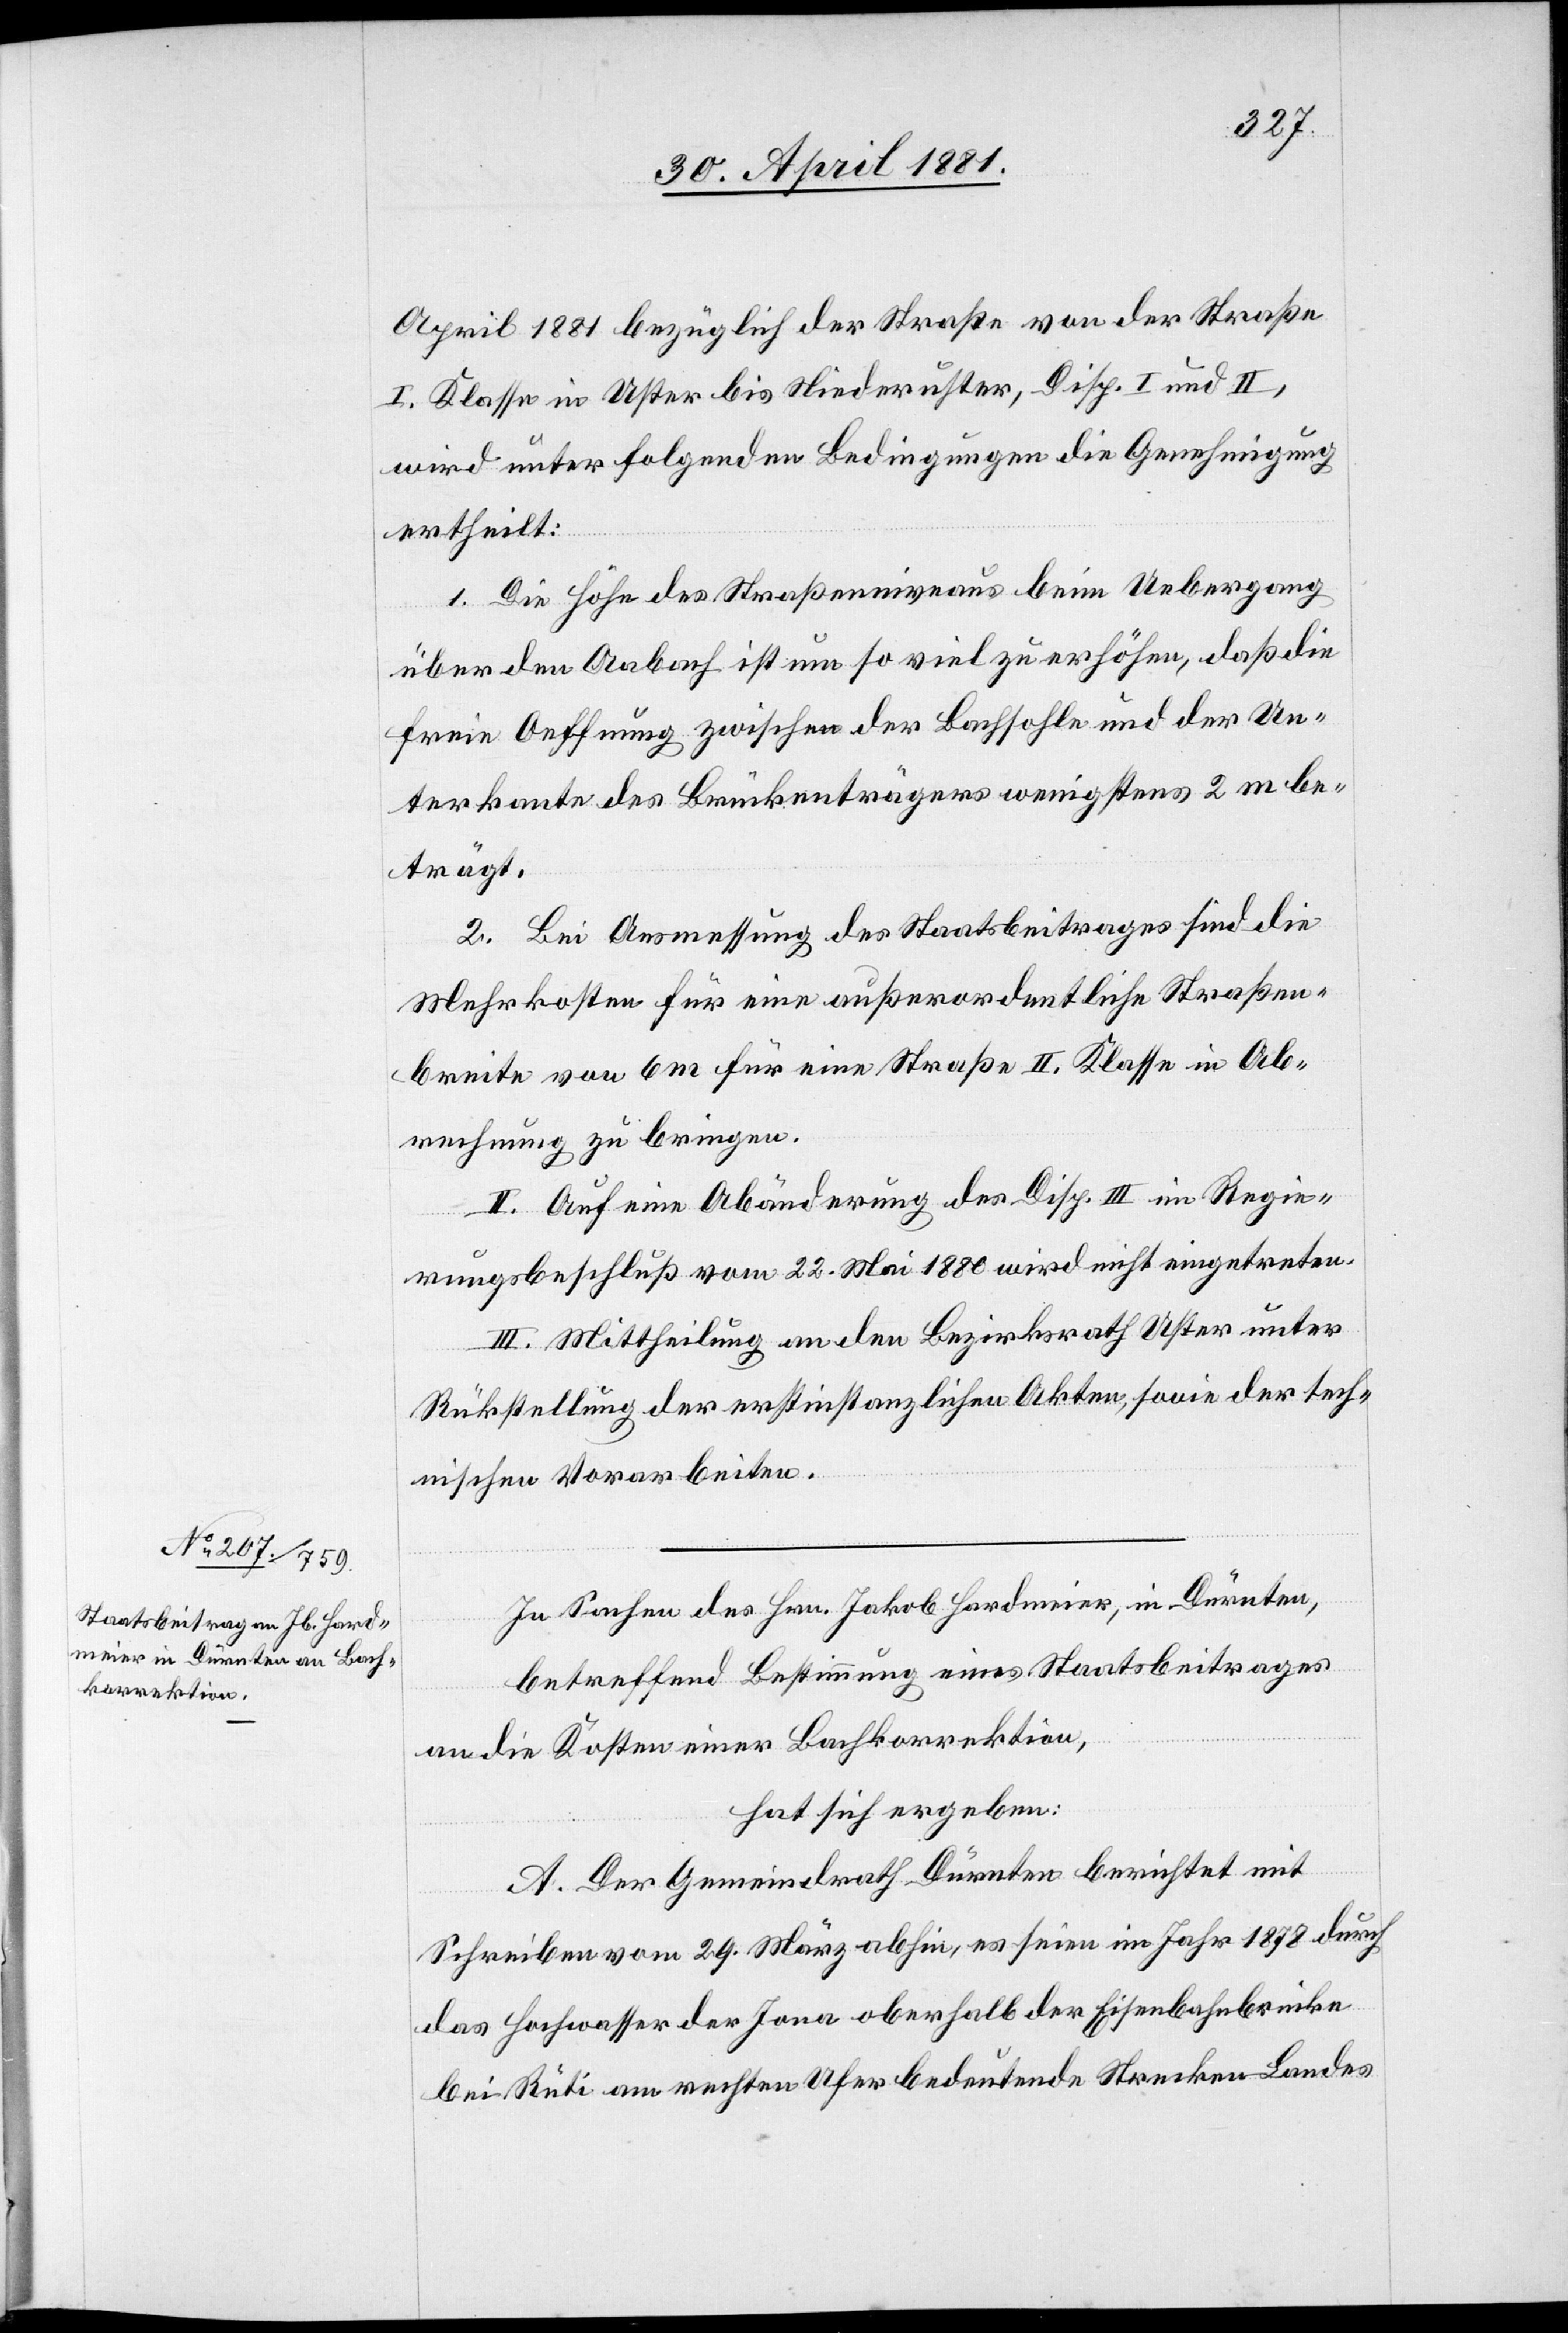
April 1881 bezüglich der Straße von der Straße
I. Klasse in Uster bis Niederuster, Disp. I und II,
wird unter folgenden Bedingungen die Genehmigung
ertheilt:
1. Die Höhe des Straßenniveaus beim Uebergang
über den Aabach ist um so viel zu erhöhen, daß die
freie Oeffnung zwischen der Bachsohle und der Un¬
terkante des Brückenträgers wenigstens 2 m be¬
trägt.
2. Bei Ausmessung des Staatsbeitrages sind die
Mehrkosten für eine außerordentliche Straßen¬
breite von 6 m für eine Straße II. Klasse in Ab¬
rechnung zu bringen.
II. Auf eine Abänderung der Disp. III im Regie¬
rungsbeschluß vom 22. Mai 1880 wird nicht eingetreten.
III. Mittheilung an den Bezirksrath Uster unter
Rückstellung der erstinstanzlichen Akten, sowie der tech¬
nischen Vorarbeiten.
In Sachen des Hrn. Jakob Hardmeier, in Dürnten,
betreffend Bestimmung eines Staatsbeitrages
an die Kosten einer Bachkorrektion,
hat sich ergeben:
A. Der Gemeindrath Dürnten berichtet mit
Schreiben vom 29. März abhin, es seien im Jahr 1878 durch
das Hochwasser der Jona oberhalb der Eisenbahnbrücke
bei Rüti am rechten Ufer bedeutende Strecken-Landes